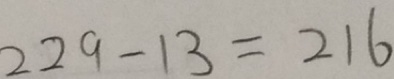
2 2 9 - 1 3 = 2 1 6